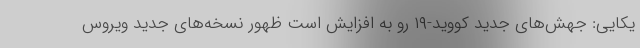
یکایی: جهش‌های جدید کووید-۱۹ رو به افزایش است ظهور نسخه‌های جدید ویروس